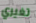
تغيري